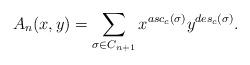
LaTeX: \begin{align*}A_n(x,y)=\sum_{\sigma \in C_{n+1}}x^{asc_{c}(\sigma)}y^{des_{c}(\sigma)}.\end{align*}